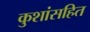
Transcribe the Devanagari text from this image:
कुशांसहित